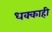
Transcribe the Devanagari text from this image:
धक्काही